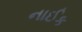
નાઈક